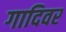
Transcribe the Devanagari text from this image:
गादिवर